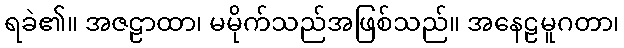
ရခဲ၏။ အဇဠာထာ၊ မမိုက်သည်အဖြစ်သည်။ အနေဠမူဂတာ၊